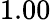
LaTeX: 1.00